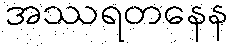
အဿရတနေန